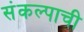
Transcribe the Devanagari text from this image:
संकल्पाची